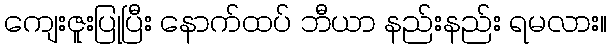
ကျေးဇူးပြုပြီး နောက်ထပ် ဘီယာ နည်းနည်း ရမလား။